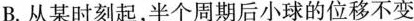
B.从某时刻起，半个周期后小球的位移不变